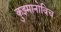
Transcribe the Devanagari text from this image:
कुझ्मानोविच